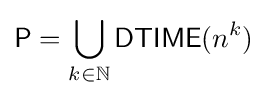
{\mathsf {P}}=\bigcup _{k\in \mathbb {N} }{\mathsf {DTIME}}(n^{k})